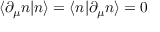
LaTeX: \langle \partial _ { \mu } n | n \rangle = \langle n | \partial _ { \mu } n \rangle = 0